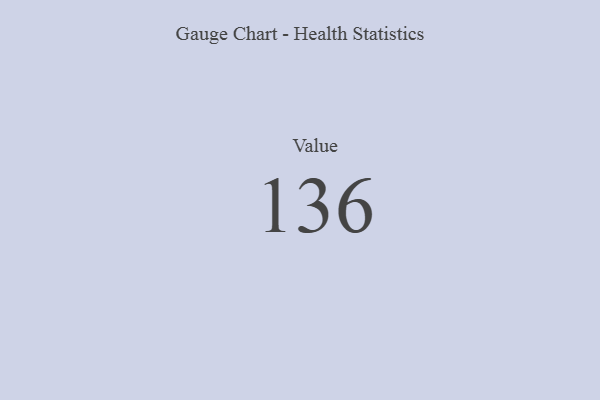
{"axis": {"x": "Metric", "y": "Value"}, "legend": [""], "data": [{"x": "Value", "y": 136, "type": ""}]}